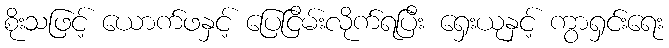
စိုးသဖြင့် ယောက်ဖနှင့် ပြေငြိမ်းလိုက်ရပြီး ရှေးယုနှင့် ကွာရှင်းရေး